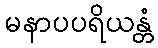
မနာပပရိယန္တံ